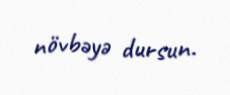
növbəyə dursun.